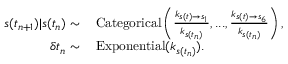
\begin{array} { r l } { s ( t _ { n + 1 } ) | s ( t _ { n } ) \sim } & { \, \mathrm { C a t e g o r i c a l } \left( \frac { k _ { s ( t ) \rightarrow s _ { 1 } } } { k _ { s ( t _ { n } ) } } , . . . , \frac { k _ { s ( t ) \rightarrow s _ { 6 } } } { k _ { s ( t _ { n } ) } } \right) , } \\ { \delta t _ { n } \sim } & { \, \mathrm { E x p o n e n t i a l } ( k _ { s ( t _ { n } ) } ) . } \end{array}